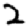
Digit: 2